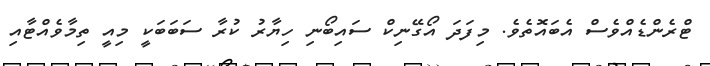
ޓްރެންޑެއްވެސް އެބައޮތެވެ. މިފަދަ އޯގޭނިކް ސައިބޯނި ހިޔާރު ކުރާ ސަބަބަކީ މިއީ ތިމާވެއްޓާއި